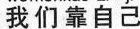
我们靠自己